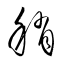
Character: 稍